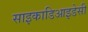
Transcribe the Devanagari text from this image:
साइकाडिआइडेसी